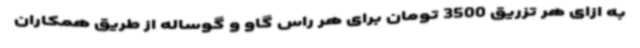
به ازای هر تزریق 3500 تومان برای هر راس گاو و گوساله از طریق همکاران